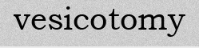
vesicotomy